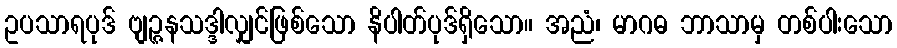
ဥပသာရပုဒ် ဗျဉ္ဇနသဒ္ဒါလျှင်ဖြစ်သော နိပါတ်ပုဒ်ရှိသော။ အညံ၊ မာဂဓ ဘာသာမှ တစ်ပါးသော